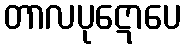
တာလပုဋောပေ